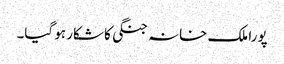
پورا ملک خانہ جنگی کا شکار ہو گیا۔